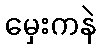
မှေးကနဲ